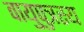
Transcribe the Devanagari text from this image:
वायुपुत्रस्य